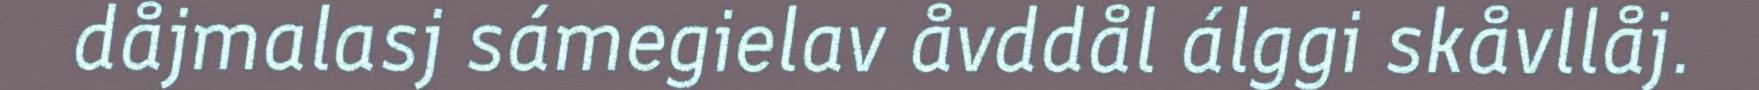
dåjmalasj sámegielav åvddål álggi skåvllåj.